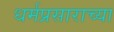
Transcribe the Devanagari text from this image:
धर्मप्रसाराच्या